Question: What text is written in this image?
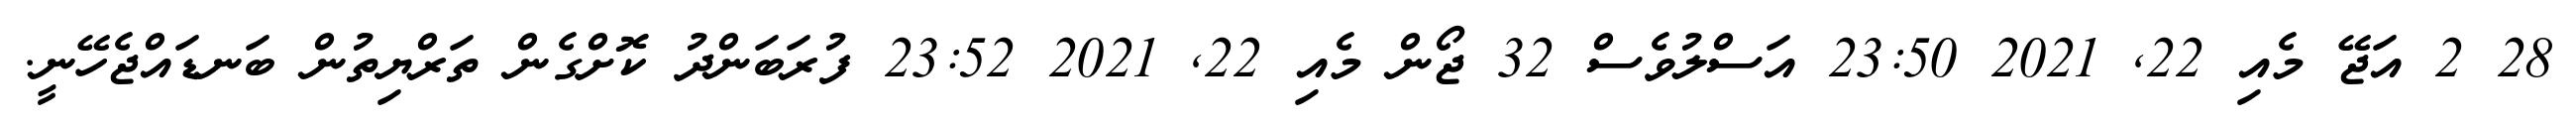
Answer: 28 2 އަޖޭ މެއި 22, 2021 23:50 އަސްލުވެސް 32 ޖޯން މެއި 22, 2021 23:52 ފުރަބަންދު ކޮށްގެން ތަރްޔިތުން ބަނޑައްޖެހޭނީ.